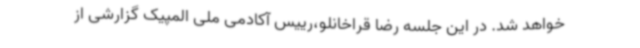
خواهد شد. در این جلسه رضا قراخانلو،رییس آکادمی ملی المپیک گزارشی از